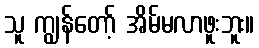
သူ ကျွန်တော့် အိမ်မလာဖူးဘူး။